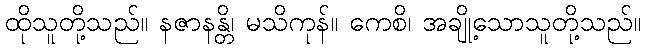
ထိုသူတို့သည်။ နဇာနန္တိ၊ မသိကုန်။ ကေစိ၊ အချို့သောသူတို့သည်။